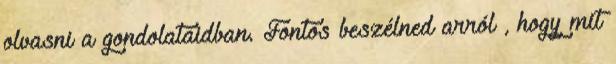
olvasni a gondolataidban. Fontos beszélned arról , hogy mit